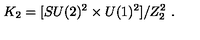
K _ { 2 } = [ S U ( 2 ) ^ { 2 } \times U ( 1 ) ^ { 2 } ] / Z _ { 2 } ^ { 2 } \ .